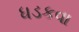
ધડકવા